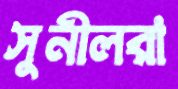
সুনীলরা